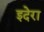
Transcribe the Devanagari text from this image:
इदेरा